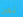
نحن